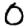
Digit: 0